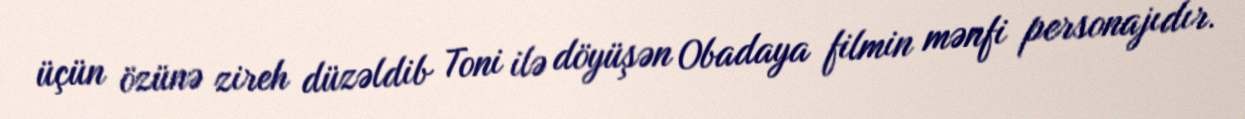
üçün özünə zireh düzəldib Toni ilə döyüşən Obadaya filmin mənfi personajıdır.